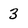
Character: 3